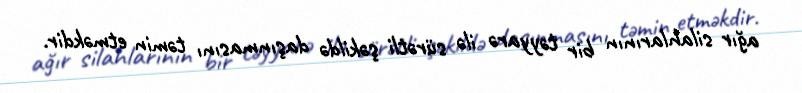
ağır silahlarının bir təyyarə ilə sürətli şəkildə daşınmasını təmin etməkdir.